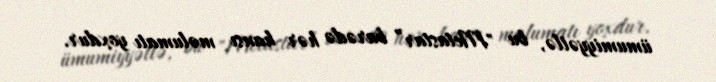
ümumiyyətlə, bu "Metastar” barədə hər hansı məlumatı yoxdur.